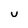
Character: U